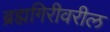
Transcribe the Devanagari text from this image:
ब्रह्मगिरीवरील